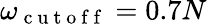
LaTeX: \omega_{\mathrm{~c~u~t~o~f~f~}}=0.7N